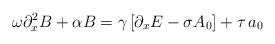
\begin{align*}\omega \partial _x^2B+\alpha B=\gamma \left[ \partial _xE-\sigma A_0\right]+\tau \,a_0 \end{align*}